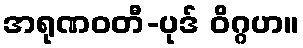
အရုဏဝတီ-ပုဒ် ဝိဂ္ဂဟ။